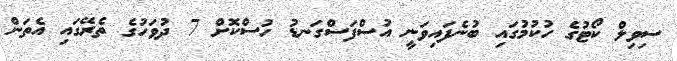
ސިވިލް ކޯޓުގެ ހުކުމުގައި ބުނެފައިވަނީ އުސްފަސްގަނޑު ހުސްކޮށް 7 ދުވަހުގެ ތެރޭގައި އެތަން